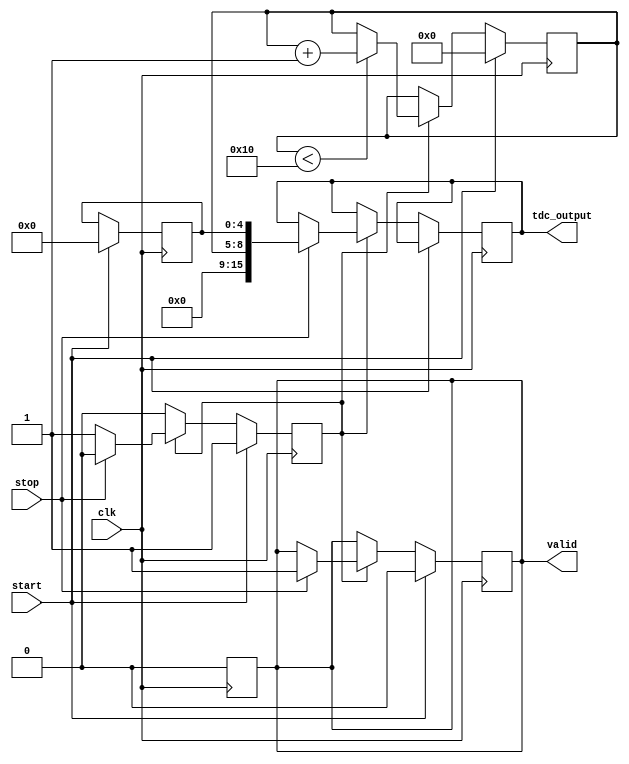
module TDC (
    input wire clk,               // System clock
    input wire start,             // Start pulse
    input wire stop,              // Stop pulse
    output reg [15:0] tdc_output, // 16-bit TDC output
    output reg valid              // Output valid signal
);

    // Parameters for delay line settings
    parameter COARSE_DELAY_COUNT = 16; // Number of coarse delay elements
    parameter FINE_DELAY_COUNT = 32;    // Number of fine delay elements
    parameter COARSE_DELAY_STEP = 100;  // Coarse delay step in picoseconds
    parameter FINE_DELAY_STEP = 25;     // Fine delay step in picoseconds

    // Coarse and fine delay lines
    reg [COARSE_DELAY_COUNT-1:0] coarse_delay_line;
    reg [FINE_DELAY_COUNT-1:0] fine_delay_line;

    // Internal signals
    reg [3:0] coarse_index; // Index for coarse delay
    reg [4:0] fine_index;   // Index for fine delay
    reg measuring;           // Measuring state flag

    // Control logic
    always @(posedge clk) begin
        if (start) begin
            // Reset and start measuring
            coarse_delay_line <= 0;
            fine_delay_line <= 0;
            coarse_index <= 0;
            fine_index <= 0;
            measuring <= 1;
            valid <= 0;
        end else if (measuring) begin
            // Coarse delay measurement
            if (coarse_index < COARSE_DELAY_COUNT) begin
                coarse_delay_line[coarse_index] <= 1; // Activate coarse delay element
                coarse_index <= coarse_index + 1;
            end
            
            // Fine delay measurement
            if (stop) begin
                measuring <= 0; // Stop measuring
                valid <= 1; // Set valid output
                // Combine coarse and fine delay measurements
                tdc_output <= {coarse_index, fine_index}; // Combine indices for output
            end else if (coarse_index == COARSE_DELAY_COUNT) begin
                // Activate fine delay line based on coarse measurement
                if (fine_index < FINE_DELAY_COUNT) begin
                    fine_delay_line[fine_index] <= 1; // Activate fine delay element
                    fine_index <= fine_index + 1;
                end
            end
        end
    end

    // Reset valid signal after reading
    always @(posedge clk) begin
        if (valid) begin
            valid <= 0; // Reset valid signal after reading
        end
    end

endmodule